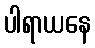
ပါရာယနေ